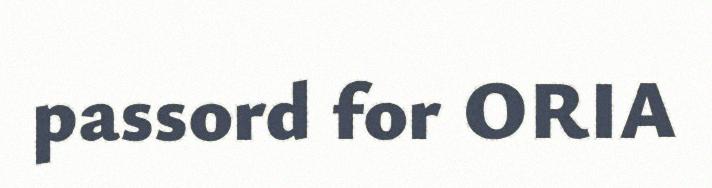
passord for ORIA